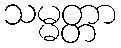
သမ္မတ္တာ